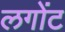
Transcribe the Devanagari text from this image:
लगोंट